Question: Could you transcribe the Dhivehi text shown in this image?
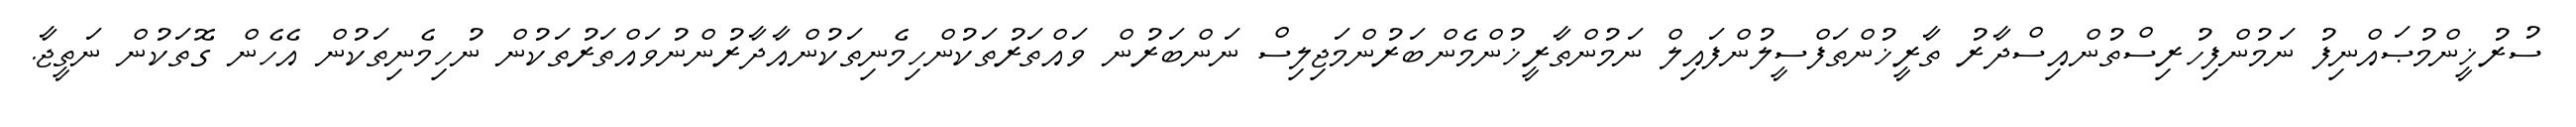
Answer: ސުރުޚީންމުޞައްނިފު ނަމުންފިހުރިސްތުންއިސްދާރު ތާރީޚުންތަފްސީލުންފައިލް ނަމުންތާރީޚުންމެންބަރުންމަޖިލިސް ނަންބަރުން ވައްތަރުތަކުންހިމެނިތަކުންއާދާރުންނުވައްތަރުތަކުން ނުހިމެނިތަކުން އެހެން ގޮތަކުން ނަތީޖާ.